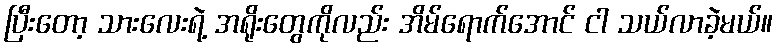
ပြီးတော့ သားလေးရဲ့ အရိုးတွေကိုလည်း အိမ်ရောက်အောင် ငါ သယ်လာခဲ့မယ်။